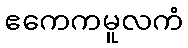
ဧကေကမူလကံ